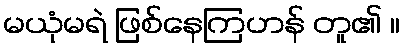
မယုံမရဲ ဖြစ်နေကြဟန် တူ၏ ။